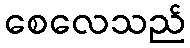
စေလေသည်